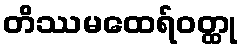
တိဿမထေရ်ဝတ္ထု